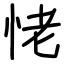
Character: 恅